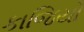
કાજિયો